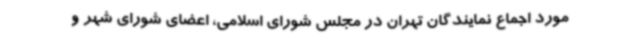
مورد اجماع نمایندگان تهران در مجلس شورای اسلامی، اعضای شورای شهر و